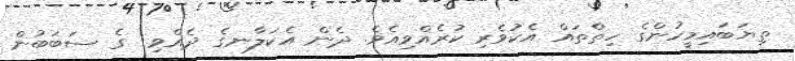
ތިޔަބައިމީހުންގެ ހިތްތައް އެކުވެރި ކުރެއްވިއެވެ. ދެން އެކަލާނގެ ދެއްވި  ގެ ސަބަބުން